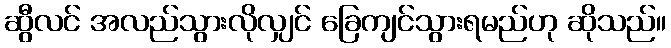
ဆွီလင် အလည်သွားလိုလျှင် ခြေကျင်သွားရမည်ဟု ဆိုသည်။